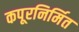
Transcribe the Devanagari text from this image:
कपूरनिर्मित